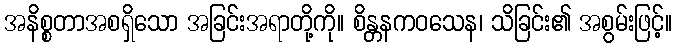
အနိစ္စတာအစရှိသော အခြင်းအရာတို့ကို။ စိန္တနကဝသေန၊ သိခြင်း၏ အစွမ်းဖြင့်။